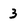
Character: 3